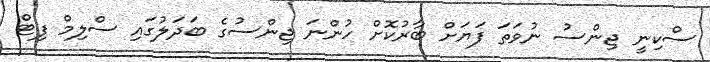
ސްކިނީ ޖިންސު ނުވަތަ ފަޔަށް ބާރުކޮށް ހުންނަ ޖިންސުގެ ބަދަލުގައި ސްލިމް ފިޓް